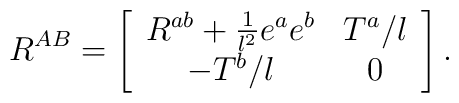
R^{AB} = \left[ \begin{array}{cc}R^{ab}+\frac{1}{l^{2}}e^{a}e^{b} & T^{a}/l \\ -T^{b}/l & 0\end{array}\right].